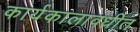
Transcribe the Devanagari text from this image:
कार्यकालावधीत